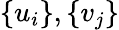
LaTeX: \{ u_{i}\} ,\{ v_{j}\}